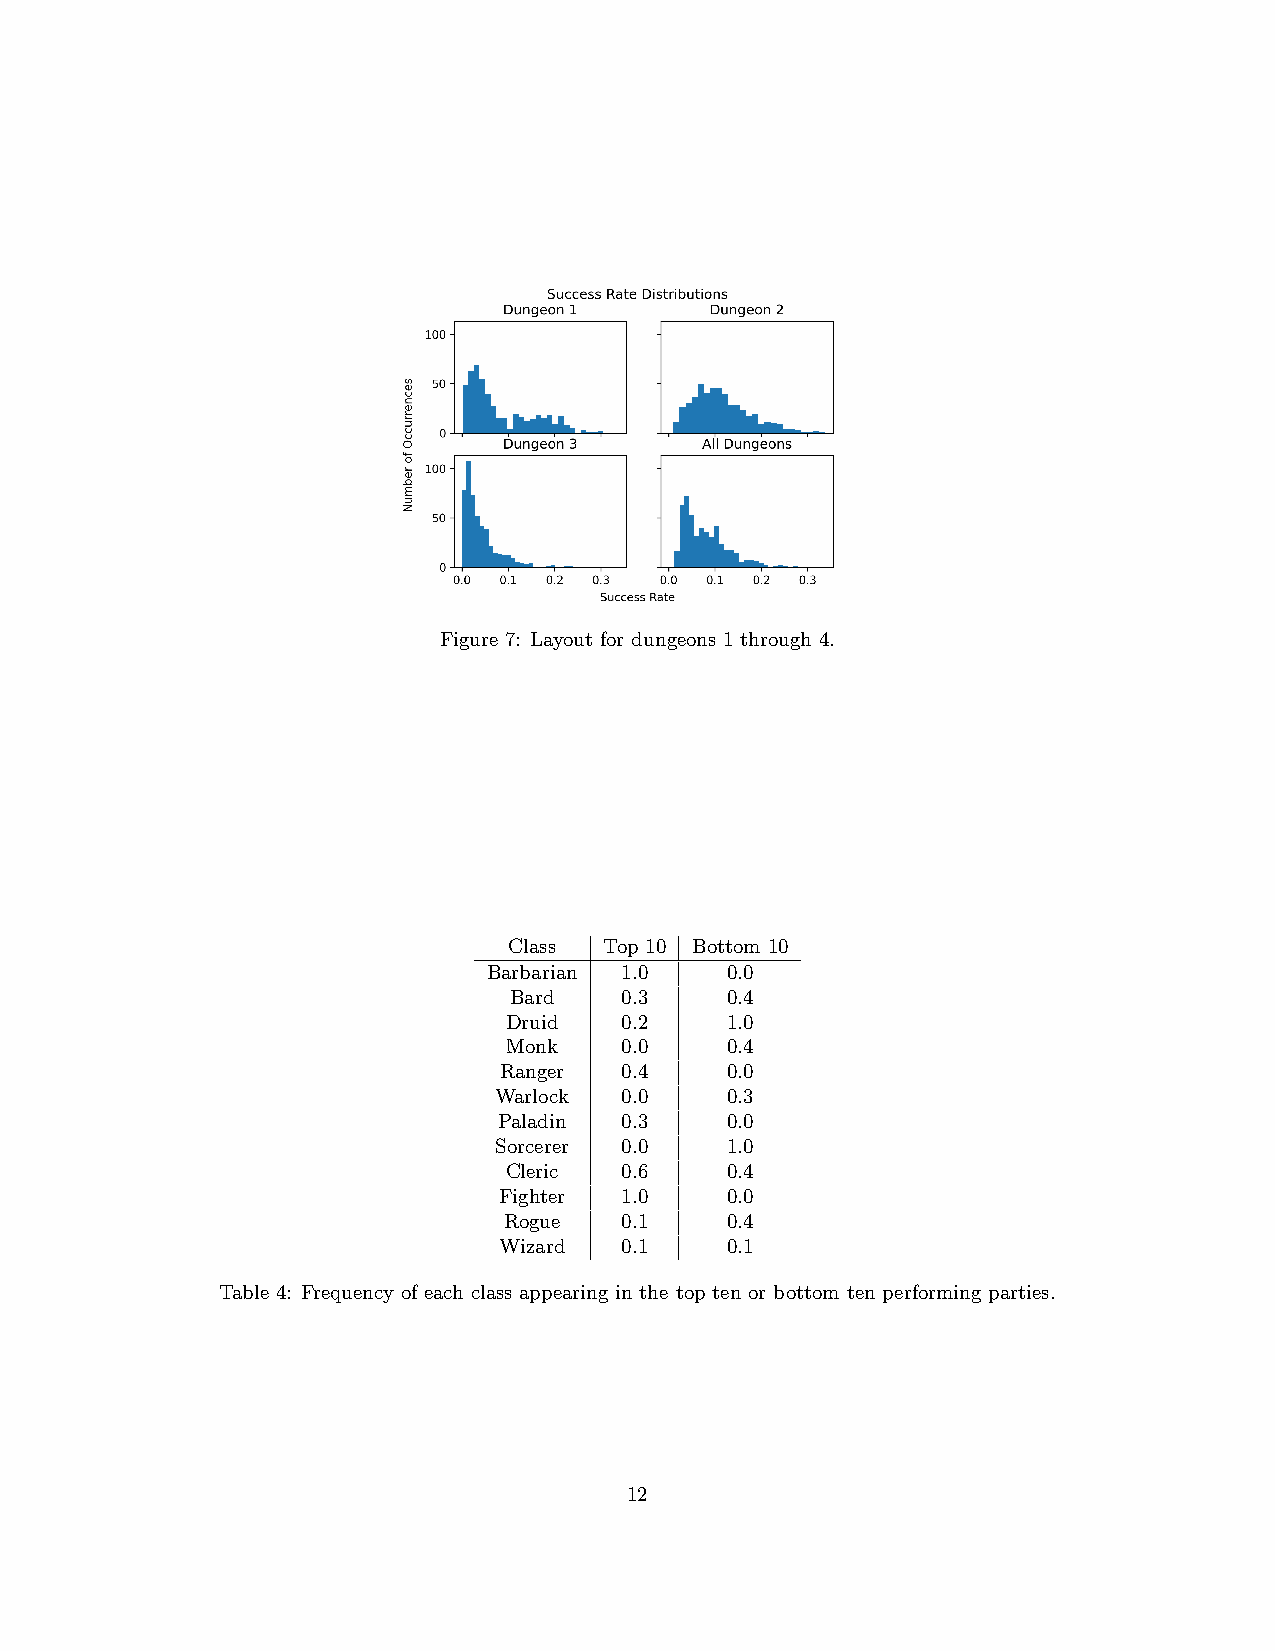
Figure 7: Layout for dungeons 1 through 4.
 Class Top 10 Bottom 10
 Barbarian 1.0   0.0
 Bard   0.3    0.4
 Druid   0.2    1.0
 Monk   0.0    0.4
 Ranger  0.4    0.0
 Warlock 0.0    0.3
 Paladin 0.3    0.0
 Sorcerer 0.0   1.0
 Cleric  0.6    0.4
 Fighter 1.0    0.0
 Rogue   0.1    0.4
 Wizard  0.1    0.1
 Table 4: Frequency of each class appearing in the top ten or bottom ten performing parties.
 12